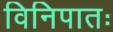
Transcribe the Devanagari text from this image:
विनिपातः